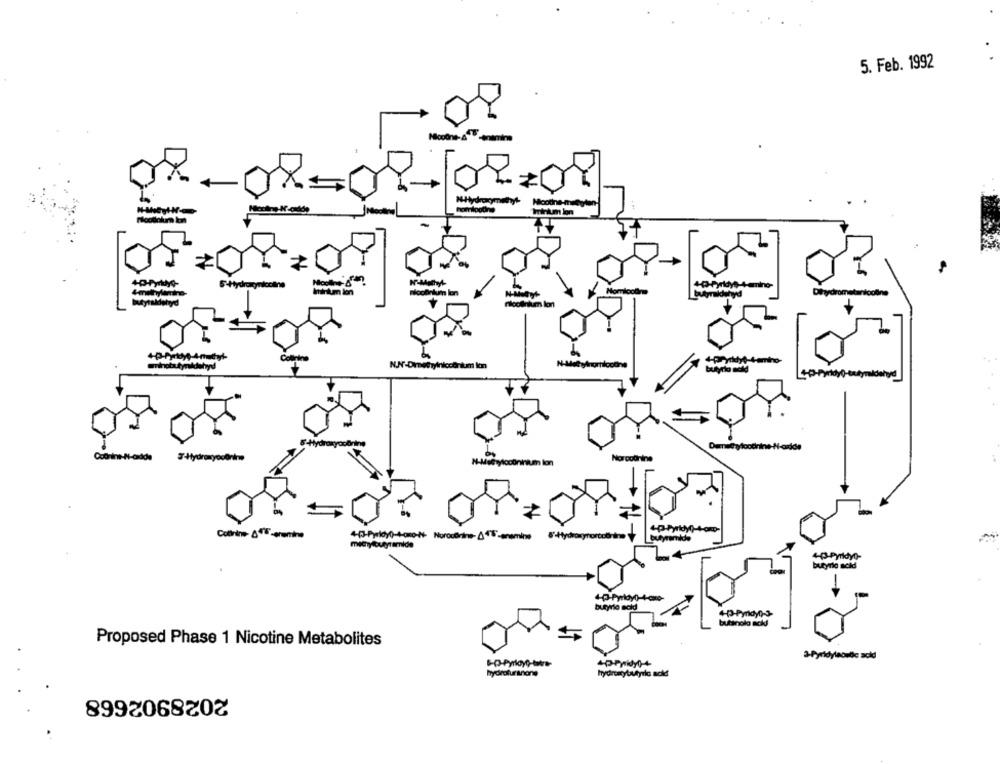
5. Feb. 1992
Trinkum lon
5-Hydroxynicol
Iminum ion
Dihydrometantooline
butyrla sold
-Hydro
Narcotnine
Colinine- &4U-ermine
butyramide
mecry outyramide
4-Pyridy0)-
butyrio acid
butyrio acid
butanola ack
Proposed Phase 1 Nicotine Metabolites
3-Pyridylaoudc acid
2028902668